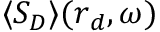
\langle S _ { D } \rangle ( \boldsymbol { r } _ { d } , \omega )